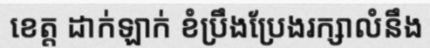
ខេត្ត ដាក់ឡាក់ ខំប្រឹងប្រែងរក្សាលំនឹង